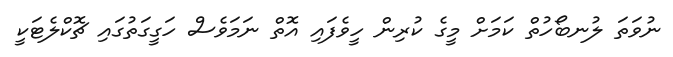
ނުވަތަ ލުނބޯހުތް ކަމަށް މީގެ ކުރިން ހީވެފައި އޮތް ނަމަވެސް ހަގީގަތުގައި ޗޮކްލެޓަކީ